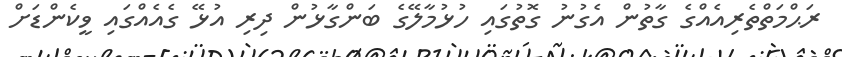
ރަޙްމަތްތެރިއެއްގެ ގާތުން އެގުނު ގޮތުގައި ހުޅުމާލޭގެ ބަންގާޅުން ދިރި އުޅޭ ގެއެއްގައި ވީކެންޑަށް